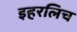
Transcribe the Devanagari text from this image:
इहरलिच